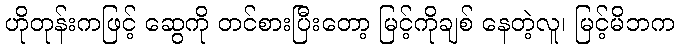
ဟိုတုန်းကဖြင့် ဆွေကို တင်စားပြီးတော့ မြင့်ကိုချစ် နေတဲ့လူ၊ မြင့်မိဘက